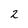
Character: 2